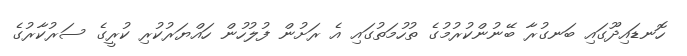
ހޮނޑައިދޫގައި ބަނގުރާ ބޭނުންކުރުމުގެ ތުހުމަތުގައި އެ ރަށުން ފުލުހުން ހައްޔަރުކުރި ކުރީގެ ސަރުކާރުގެ